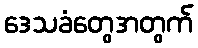
ဒေသခံတွေအတွက်